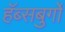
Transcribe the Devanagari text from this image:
हॅब्सबुर्गो